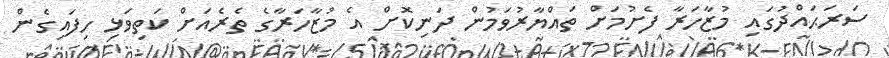
ސަރަޙައްދުގައި މުޒާހަރާ ފެށުމަށް ތައްޔާރުވަމުން ދަނިކޮށް އެ މުޒާހަރާގެ ތެރެއަށް ކަތިވަޅި ހިފައިގެން